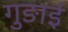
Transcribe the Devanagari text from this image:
गुङाई